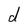
Character: d